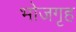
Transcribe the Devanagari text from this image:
भोजगृह